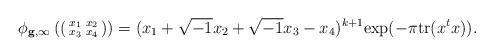
LaTeX: \begin{align*} \phi_{\mathbf g, \infty}\left(\left(\begin{smallmatrix} x_1 & x_2 \\ x_3 & x_4 \end{smallmatrix}\right) \right) = (x_1 + \sqrt{-1}x_2 + \sqrt{-1}x_3 - x_4)^{k+1}\mathrm{exp}(-\pi \mathrm{tr}(x^t x)). \end{align*}